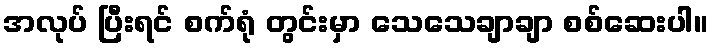
အလုပ် ပြီးရင် စက်ရုံ တွင်းမှာ သေသေချာချာ စစ်ဆေးပါ။